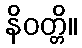
နိဝတ္တိ။